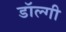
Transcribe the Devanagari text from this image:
डॉल्गी